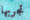
تجربها